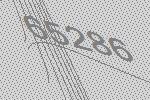
65286